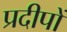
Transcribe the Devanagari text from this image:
प्रदीपों